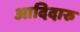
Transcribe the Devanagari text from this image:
आदिदारु